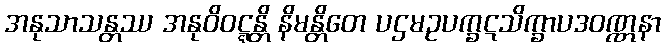
အနုသာသန္တဿ အနုဝိဝဋ္ဋန္တိ နိမန္တိတေ ပဌမဥပက္ခဋသိက္ခာပဒဝဏ္ဏနာ